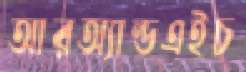
আরঅ্যান্ডএইচ